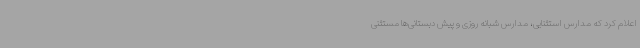
اعلام کرد که مدارس استثنایی، مدارس شبانه روزی و پیش دبستانی‌ها مستثنی